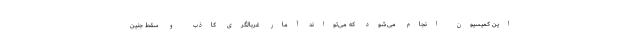
این کمیسیون انجام می‌شود که می‌تواند آمار غربالگری کاذب و سقط جنین